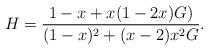
LaTeX: \begin{align*}H = \frac{1-x + x(1-2x)G)}{(1-x)^2 + (x-2)x^2G}.\end{align*}